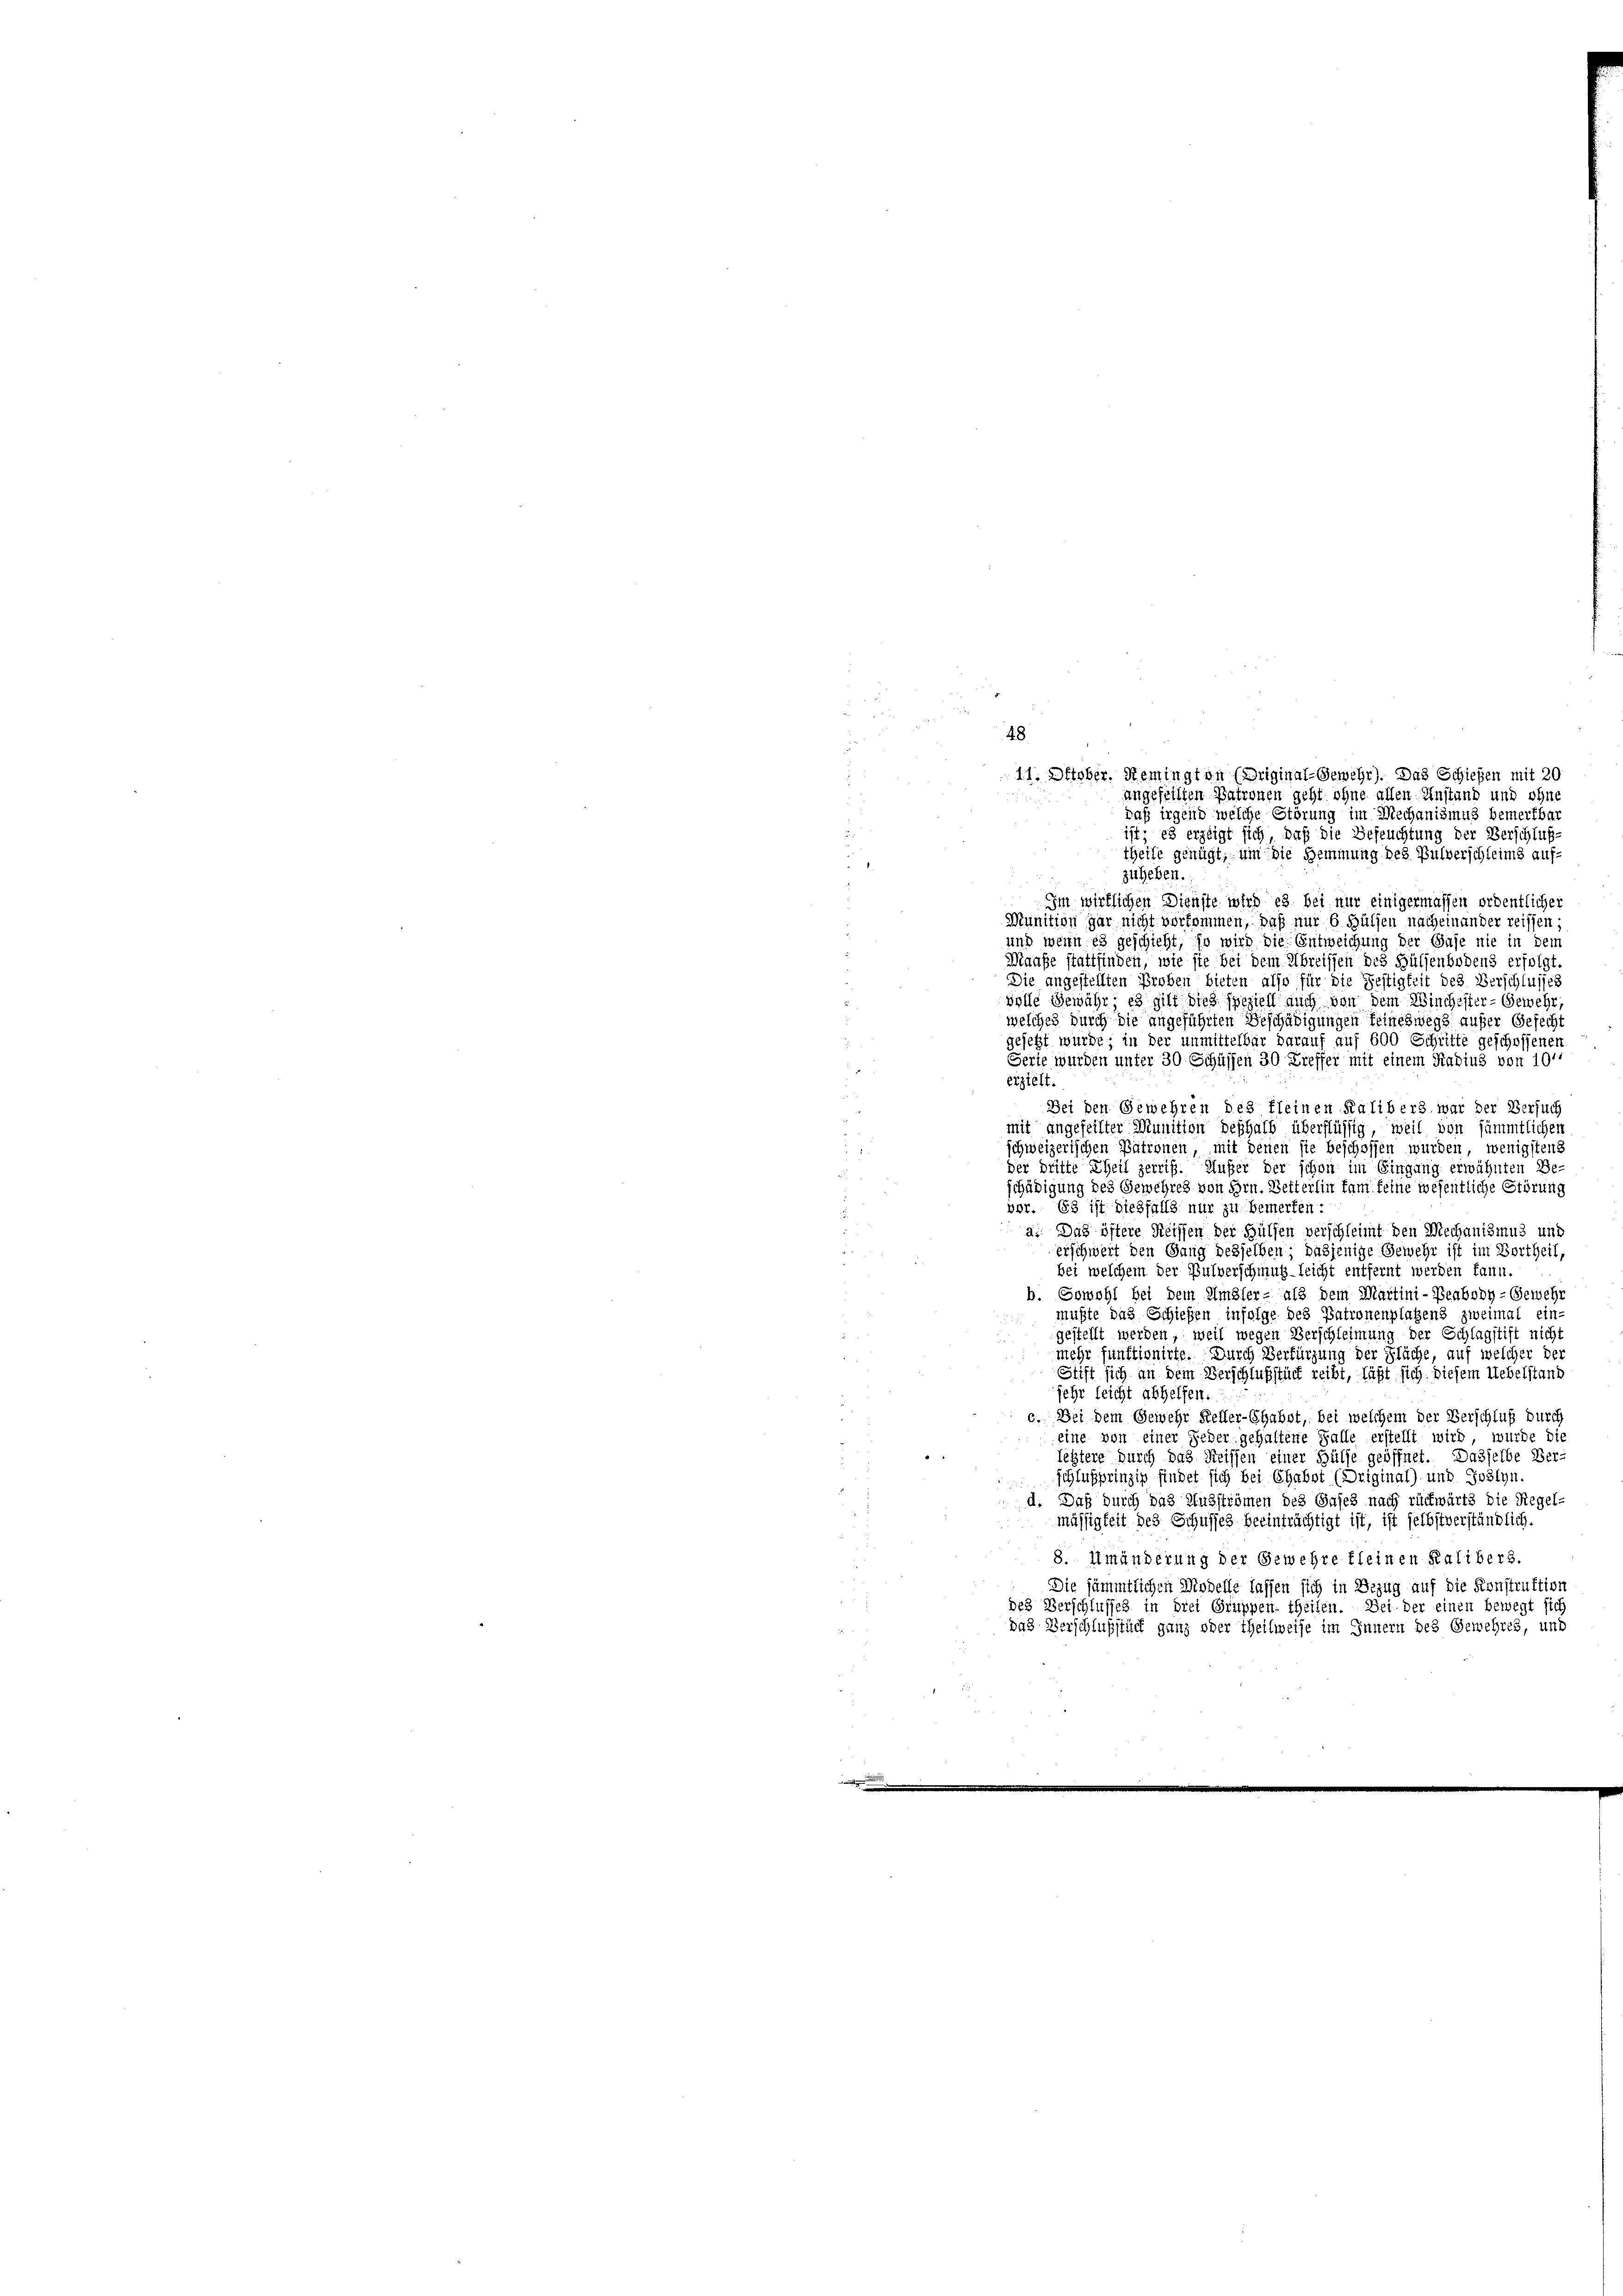
theile genügt, um die Hemmung des Pulverschleims auf-
zuheben.
Im wirklichen Dienste wird es bei nur einigermassen ordentlicher
Munition gar nicht vorkommen, daß nur 6 Hülfen nach einander reissen
und wenn es geschieht, so wird die Entweichung der Suse nie in dem
Maaße stattfinden, wie sie bei dem Abreissen des Hülsenbodens erfolgt
Die angestellten Proben bieten also für die Festigkeit des Verschlusses
volle Gewähr, es gilt dies speziell auch von dem Winchester-Gewehr
welches durch die angeführten Beschädigungen feineswegs aufer Gefecht
s
gesetzt wurde; in der unmittelbar darauf auf 600 Schritte geschoffenen
Serte wurden unter 30 Schüssen 30 Treffer mit einem Radius von 10
2
eizielt.
3
Bei den Gewehren des fleinen Kalibers war der Versuch
mit angefeilter Munition deshalb überflüssig, weil von sämmtlichen
d
schweizerischen Patronen, mit denen sie beschoffen wurden, wenigstens
der dritte Theil zerriff. Außer der schon im Eingang erwähnten Be
2
schädigung des Gewehres von Hrn. Betterlin kam feine wesentliche Störung
vor. Es ist dießfalls nur zu bemerken:
a. Das öftere Reissen der Hülfen verschleimt den Mechanismus und
erschwert den Gang desselben dasjenige Gewehr ist im Vortheil,
bei welchem der Pulverschmugleicht entfernt werden kann.
b. Sowohl bei dem Umsler- als dem Martini-Beabody-Gewehr
mußte das Schießen infolge des Patronenplatzens zweimal eini
gestellt werden, weil wegen Verschleimung der Schlagstift nicht
mehr funktionirte. Durch Verfürzung der Fläche, auf welcher der
u
Stift sich an dem Verschlußstück reibt, läßt sich diesem Uebelstand
jehr leicht abhelfen.
¬
c. Bei dem Gewehr Keller-Ehabst, bei welchem der Verschluß durch
eine von einer jeder gehaltene Falle erstellt wird, wurde die
letztere durch das Reissen einer Hülfe geöffnet. Dasselbe Ber-
i
schlußprinzig findet sich bei Ehebst (Driginal) und Joslyn
d. Daß durch das Ausströmen des Gases nach rückwärts die Regel-
mässigkeit des Schusses beeinträchtigt ist, ist selbst verständlich.
8. Umänderung der Gewehre fleinen Kalibers.
Die sämmtlichen Modelle lassen sich in Bezug auf die Konstruktion
des Verschlusses in drei Gruppen- theilen. Bei der einen bewegt sich
das Verschlußstadt ganz oder Theilweise im Innern des Gewehres, und

48
11. Oktober, Remington (Original-Gewehr). Das Schießen mit 20
angeheilten Patronen geht ohne allen Anstand und ohne
daß irgend welche Störung im Mechanismus bemerkbar
ist; es erzeigt sich, daß die Befeuchtung der Verschluß